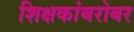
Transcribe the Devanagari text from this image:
शिक्षकांबरोबर